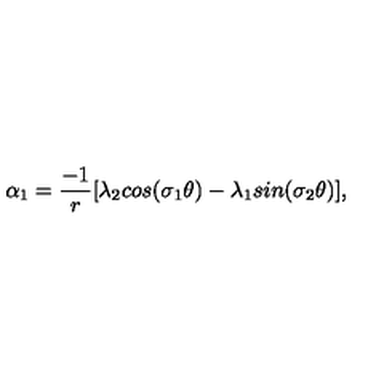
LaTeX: \alpha _ { 1 } = \frac { - 1 } { r } [ \lambda _ { 2 } c o s ( \sigma _ { 1 } \theta ) - \lambda _ { 1 } s i n ( \sigma _ { 2 } \theta ) ] ,